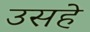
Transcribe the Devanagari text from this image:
उसहे